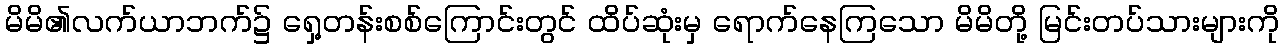
မိမိ၏လက်ယာဘက်၌ ရှေ့တန်းစစ်ကြောင်းတွင် ထိပ်ဆုံးမှ ရောက်နေကြသော မိမိတို့ မြင်းတပ်သားများကို